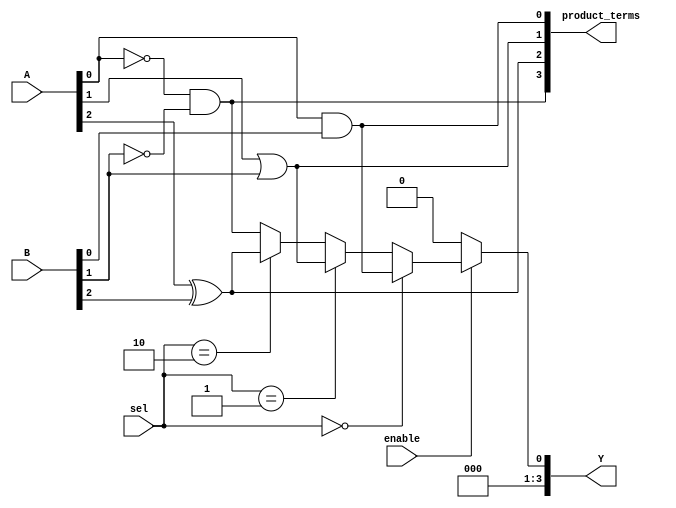
module CLB (
    input wire [3:0] A,        // 4-bit input bus
    input wire [3:0] B,        // 4-bit input bus
    input wire [1:0] sel,      // 2-bit selector for multiplexer
    input wire enable,          // Enable signal for the logic block
    output wire [3:0] Y,       // 4-bit output bus
    output wire [3:0] product_terms // Product terms output
);

// Intermediate signals for combinational logic
wire and_out;
wire or_out;
wire xor_out;
wire not_A0;
wire not_B1;
wire mux_out;

// Logic functions
assign and_out = A[0] & B[0];        // AND operation
assign or_out = A[1] | B[1];         // OR operation
assign xor_out = A[2] ^ B[2];        // XOR operation
assign not_A0 = ~A[0];                // NOT operation
assign not_B1 = ~B[1];                // NOT operation

// Product terms
assign product_terms[0] = and_out;
assign product_terms[1] = or_out;
assign product_terms[2] = xor_out;
assign product_terms[3] = not_A0 & not_B1; // Example of combining NOTs

// Multiplexer for output selection based on 'sel'
assign mux_out = (sel == 2'b00) ? product_terms[0] :
                 (sel == 2'b01) ? product_terms[1] :
                 (sel == 2'b10) ? product_terms[2] :
                 product_terms[3]; // Default case

// Enable control for output
assign Y = enable ? {3'b000, mux_out} : 4'b0000; // Output driven based on enable

endmodule